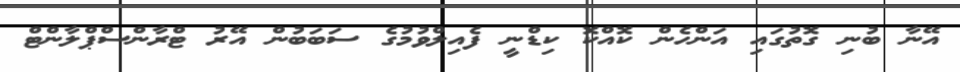
އޭނާ ބުނި ގޮތުގައި އަންހެން ކޮއްކޮ ކިޑްނީ ފެއިލްވުމުގެ ސަބަބުން އޭރު ޓްރާންސްޕްލާންޓް